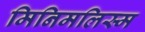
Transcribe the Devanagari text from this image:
मिनिमलिस्म